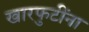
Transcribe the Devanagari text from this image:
खारफुटींना